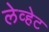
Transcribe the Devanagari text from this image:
लेव्हेट